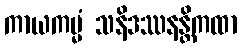
ကာယကမ္မံ သနိဒဿနန္တိကထာ